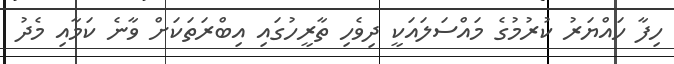
ހިފާ ހައްޔަރު ކުރުމުގެ މައްސަލައަކީ ދިވެހި ތާރީހުގައި އިބްރަތަކަށް ވާނެ ކަމާއި މެދު